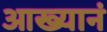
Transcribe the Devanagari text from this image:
आख्यानं